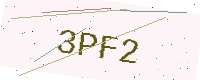
Text: 3PF2